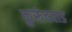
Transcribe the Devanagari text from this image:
कुरूंदवाड